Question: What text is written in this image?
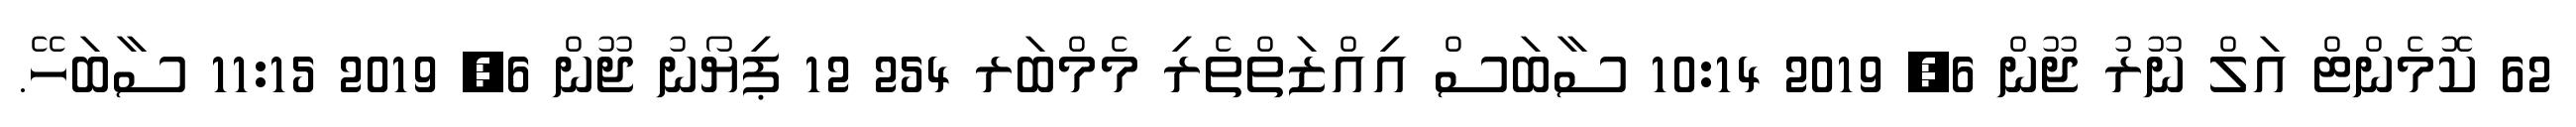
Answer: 62 ކޮމެންޓް އަލް ނޫރު ޖޫން 6, 2019 10:14 ސާބަސް އިއްޒަތްތެރި މެމްބަރ 254 12 ޕިޔޯނު ޖޫން 6, 2019 11:15 ސާބަހޭ.